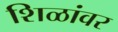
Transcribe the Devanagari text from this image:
शिळांवर